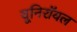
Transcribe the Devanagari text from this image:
यूनिरॉयल